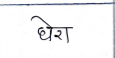
मजकूर: धेरा